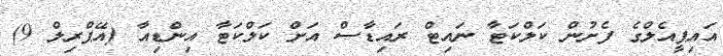
އައިޕީއެލްގެ ފެށުން ކަލްކަޓާ ނައިޓް ރައިޑާސް އަށް ކަލްކަޓާ އިންޑިއާ (އޭޕްރިލް 9)